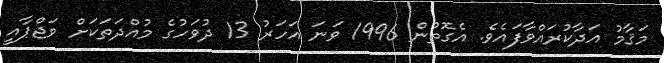
މަޤާމު އަދާކުރައްވާފައެވެ. އެގޮތުން 1996 ވަނަ އަހަރު 13 ދުވަހުގެ މުއްދަތަކަށް ވަޖްޕާއީ